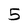
Character: 5